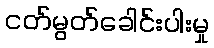
ငတ်မွတ်ခေါင်းပါးမှု